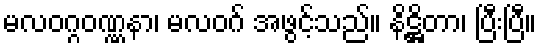
မလဝဂ္ဂဝဏ္ဏနာ၊ မလဝဂ် အဖွင့်သည်။ နိဋ္ဌိတာ၊ ပြီးပြီ။